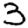
Digit: 3